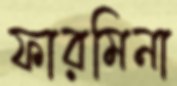
ফারমিনা